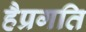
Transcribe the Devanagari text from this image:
हैप्रगति